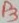
Text: P3